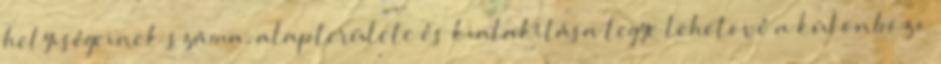
helyiségeinek száma, alapterülete és kialakítása tegye lehetõvé a különbözõ